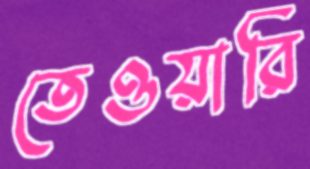
তেওয়ারি